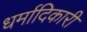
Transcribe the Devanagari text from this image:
धर्मादिकारी